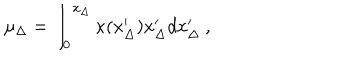
\mu _ { \Delta } = \int _ { 0 } ^ { x _ { \Delta } } \kappa ( x _ { \Delta } ^ { \prime } ) x _ { \Delta } ^ { \prime } d x _ { \Delta } ^ { \prime } \ ,